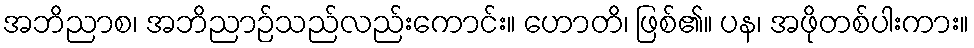
အဘိညာစ၊ အဘိညာဉ်သည်လည်းကောင်း။ ဟောတိ၊ ဖြစ်၏။ ပန၊ အဖိုတစ်ပါးကား။